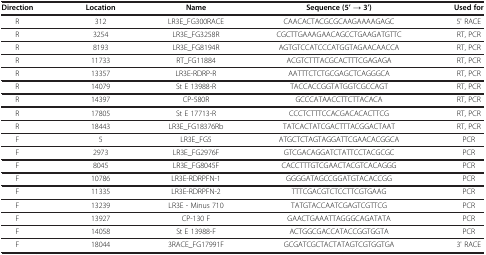
<table><thead><tr><td><b>Direction</b></td><td><b>Location</b></td><td><b>Name</b></td><td><b>Sequence(5’ → 3’)</b></td><td><b>Used for</b></td></tr></thead><tbody><tr><td>R</td><td>312</td><td>LR3E_FG300RACE</td><td>CAACACTACGCGCAAGAAAAGAGC</td><td>5' RACE</td></tr><tr><td>R</td><td>3254</td><td>LR3E_FG3258R</td><td>CGCTTGAAAGAACAGCCTGAAGATGTTC</td><td>RT, PCR</td></tr><tr><td>R</td><td>8193</td><td>LR3E_FG8194R</td><td>AGTGTCCATCCCATGGTAGAACAACCA</td><td>RT, PCR</td></tr><tr><td>R</td><td>11733</td><td>RT_FG11884</td><td>ACGTCTTTACGCACTTTCGAGAGA</td><td>RT, PCR</td></tr><tr><td>R</td><td>13357</td><td>LR3E-RDRP-R</td><td>AATTTCTCTGCGAGCTCAGGGCA</td><td>RT, PCR</td></tr><tr><td>R</td><td>14079</td><td>St E 13988-R</td><td>TACCACCGGTATGGTCGCCAGT</td><td>RT, PCR</td></tr><tr><td>R</td><td>14397</td><td>CP-580R</td><td>GCCCATAACCTTCTTACACA</td><td>RT, PCR</td></tr><tr><td>R</td><td>17805</td><td>St E 17713-R</td><td>CCCTCTTTCCACGACACACTTCG</td><td>RT, PCR</td></tr><tr><td>R</td><td>18443</td><td>LR3E_FG18376Rb</td><td>TATCACTATCGACTTTACGGACTAAT</td><td>RT, PCR</td></tr><tr><td>F</td><td>5</td><td>LR3E_FG5</td><td>ATGCTCTAGTAGGATTCGAACACGGCA</td><td>PCR</td></tr><tr><td>F</td><td>2973</td><td>LR3E_FG2976F</td><td>GTCGACAGGATCTATTCCTACGCGC</td><td>PCR</td></tr><tr><td>F</td><td>8045</td><td>LR3E_FG8045F</td><td>CACCTTTGTCGAACTACGTCACAGGG</td><td>PCR</td></tr><tr><td>F</td><td>10786</td><td>LR3E-RDRPFN-1</td><td>GGGGATAGCCGGATGTACACCGG</td><td>PCR</td></tr><tr><td>F</td><td>11335</td><td>LR3E-RDRPFN-2</td><td>TTTCGACGTCTCCTTCGTGAAG</td><td>PCR</td></tr><tr><td>F</td><td>13239</td><td>LR3E - Minus 710</td><td>TATGTACCAATCGAGTCGTTCG</td><td>PCR</td></tr><tr><td>F</td><td>13927</td><td>CP-130 F</td><td>GAACTGAAATTAGGGCAGATATA</td><td>PCR</td></tr><tr><td>F</td><td>14058</td><td>St E 13988-F</td><td>ACTGGCGACCATACCGGTGGTA</td><td>PCR</td></tr><tr><td>F</td><td>18044</td><td>3RACE_FG17991F</td><td>GCGATCGCTACTATAGTCGTGGTGA</td><td>3' RACE</td></tr></tbody></table>